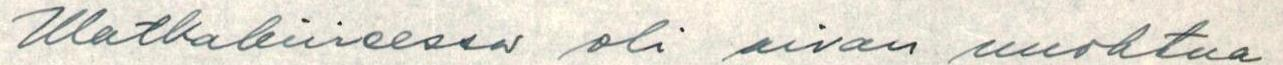
Matkakiireessä oli aivan unohtua